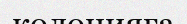
колонияға